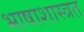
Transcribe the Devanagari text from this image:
भाषाशास्त्रत